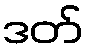
ဒတ်